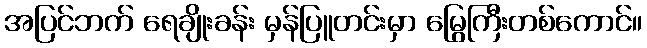
အပြင်ဘက် ရေချိုးခန်း မှန်ပြူတင်းမှာ မြွေကြီးတစ်ကောင်။